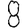
Digit: 8